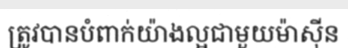
ត្រូវបានបំពាក់យ៉ាងល្អជាមួយម៉ាស៊ីន